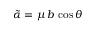
{ \tilde { \alpha } } = \mu \, b \, \cos \theta